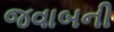
જવાબની